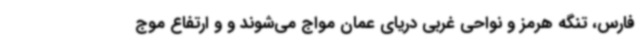
فارس، تنگه هرمز و نواحی غربی دریای عمان مواج می‌شوند و و ارتفاع موج